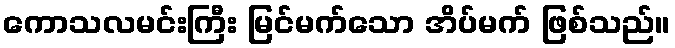
ကောသလမင်းကြီး မြင်မက်သော အိပ်မက် ဖြစ်သည်။